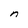
Character: n